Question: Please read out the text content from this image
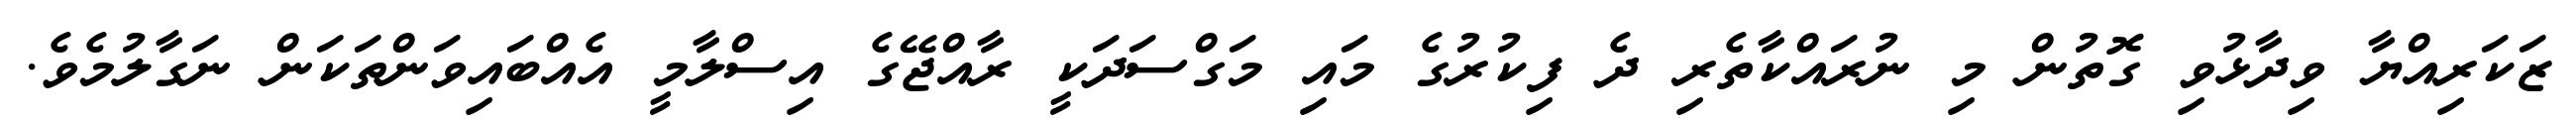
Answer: ޒަކަރިއްޔާ ވިދާޅުވި ގޮތުން މި ނުރައްކާތެރި ދެ ފިކުރުގެ މައި މަގްސަދަކީ ރާއްޖޭގެ އިސްލާމީ އެއްބައިވަންތަކަން ނަގާލުމެވެ.